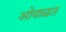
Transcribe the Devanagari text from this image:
ओवाळत